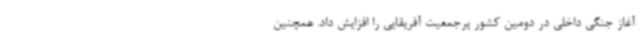
آغاز جنگی داخلی در دومین کشور پرجمعیت آفریقایی را افزایش داد. همچنین